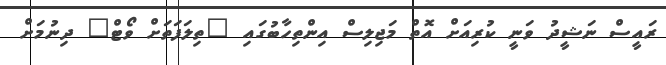
ރައީސް ނަޝީދު ވަނީ ކުރިއަށް އޮތް މަޖިލިސް އިންތިހާބުގައި "ތިލަފަތަށް ވޯޓް" ދިނުމަށް